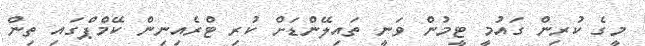
މީގެ ކުރިން ގައުމީ ޓީމުން ވަނީ ތައިލޭންޑަށް ކުރި ޓްރެއިނިން ކޭމްޕްގައި ތިން